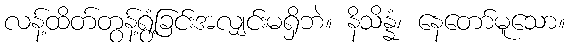
လန့်ထိတ်တွန့်ရွံ့ခြင်းအလျှင်းမရှိဘဲ။ နိသိန္နံ၊ နေတော်မူသော။